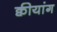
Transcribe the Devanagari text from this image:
क्वीयांग